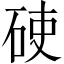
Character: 𥒅